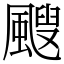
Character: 颼